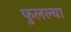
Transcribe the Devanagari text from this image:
फुलल्या